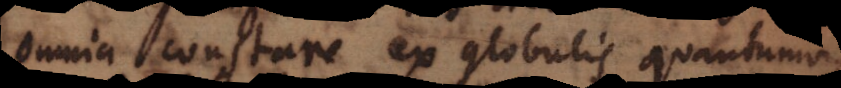
omnia constare ex globulis quantumvis